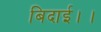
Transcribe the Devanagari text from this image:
बिदाई।।